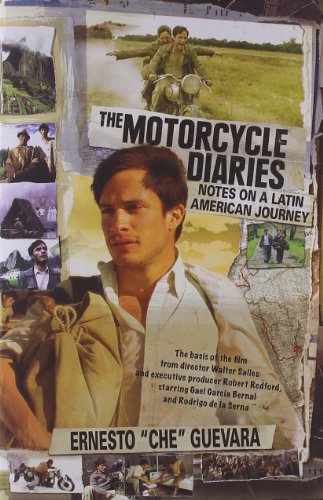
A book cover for The Motorcycle Diaries: Notes on a Latin American Journey; Ernesto Che Guevara; Travel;